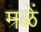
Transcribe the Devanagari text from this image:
मळें